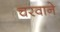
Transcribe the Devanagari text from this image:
चरवाने